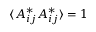
\langle A _ { i j } ^ { * } A _ { i j } ^ { * } \rangle = 1